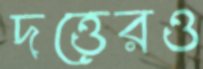
দত্তেরও